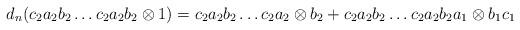
LaTeX: \begin{align*}d_n(c_2a_2b_2 \dots c_2a_2b_2 \otimes 1) = c_2a_2b_2 \dots c_2a_2 \otimes b_2 + c_2a_2b_2 \dots c_2a_2b_2a_1 \otimes b_1c_1\end{align*}